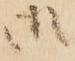
御